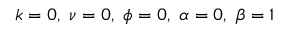
k = 0 , ~ \nu = 0 , ~ \phi = 0 , ~ \alpha = 0 , ~ \beta = 1